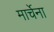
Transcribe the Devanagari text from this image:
मार्चेना